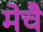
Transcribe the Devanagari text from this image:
मेचै